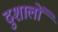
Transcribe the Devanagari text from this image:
दुशालों